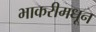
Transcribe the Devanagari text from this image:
भाकरीमधून